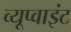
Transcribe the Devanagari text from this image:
व्यूप्वाइंट